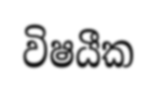
විෂයීක